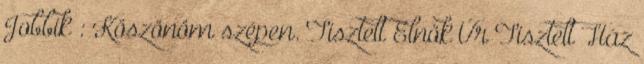
Jobbik : Köszönöm szépen. Tisztelt Elnök Úr Tisztelt Ház